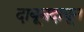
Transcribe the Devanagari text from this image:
दाबूनदाबून